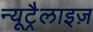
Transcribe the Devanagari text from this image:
न्यूट्रैलाइज़